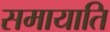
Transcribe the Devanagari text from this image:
समायाति